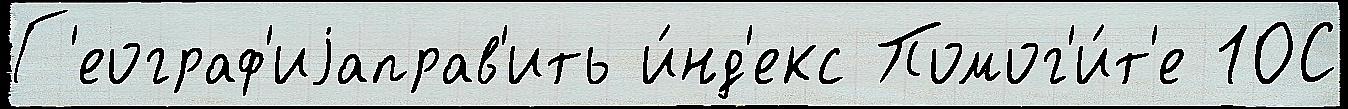
Г'еограф'иjаправ'ить и́нд'екс Помог'и́т'е 10С